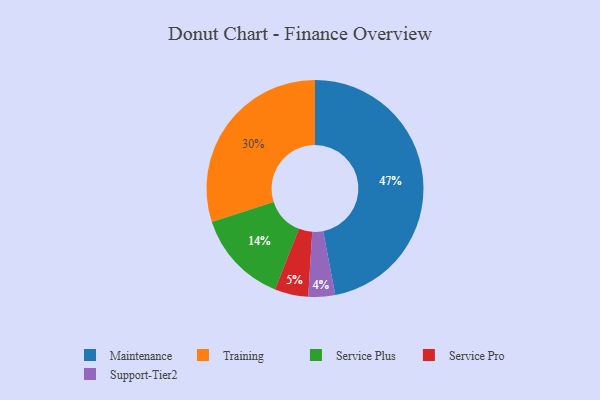
{"axis": {"x": "Category", "y": "Percentage"}, "legend": ["Maintenance", "Service Plus", "Service Pro", "Support-Tier2", "Training"], "data": [{"x": "Service Pro", "y": 5, "type": "Service Pro"}, {"x": "Support-Tier2", "y": 4, "type": "Support-Tier2"}, {"x": "Maintenance", "y": 47, "type": "Maintenance"}, {"x": "Service Plus", "y": 14, "type": "Service Plus"}, {"x": "Training", "y": 30, "type": "Training"}]}